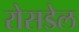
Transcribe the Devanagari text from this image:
रोसडेल